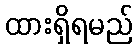
ထားရှိရမည်